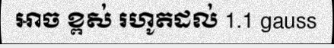
អាច ខ្ពស់ រហូតដល់ 1.1 gauss